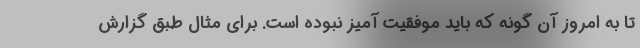
تا به امروز آن گونه که باید موفقیت آمیز نبوده است. برای مثال طبق گزارش